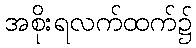
အစိုးရလက်ထက်၌